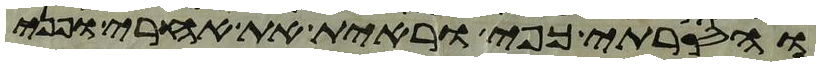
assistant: והסרתי כפי וראית את אחרי ופני